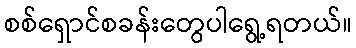
စစ်ရှောင်စခန်းတွေပါရွေ့ရတယ်။